Vaccine operations Central Provinces & Berar 1912-1920 - 1912-1920
Year: 1912
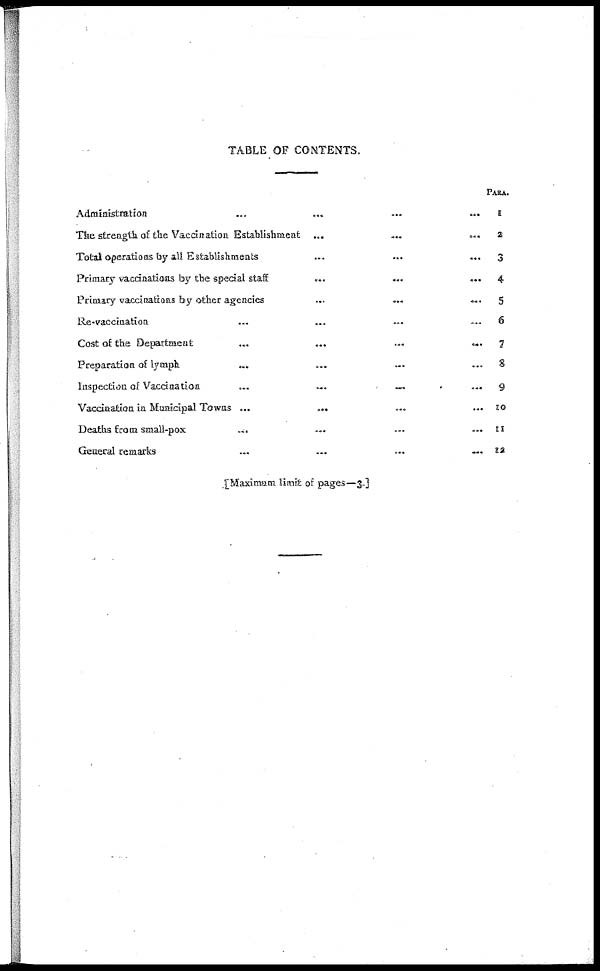
TABLE OF CONTENTS.
Administration
...
...
...
...
The strength of the Vaccination Establishment ...
...
...
Total operations by all Establishments ... ... ...
Primary vaccinations by the special staff
...
...
...
Primary vaccinations by other agencies ... ... ...
Re-vaccination ... ... ... ...
Cost of the Department
...
...
...
...
Preparation of lymph ... ... ... ...
Inspection of Vaccination
...
...
... ...
Vaccination in Municipal Towns ...
... ... ...
Deaths from small-pox
... ... ... ...
General remarks
...
...
...
...
PARA.
1
2
3
4
5
6
7
8
9
10
11
12
[Maximam limit of pages—3.]